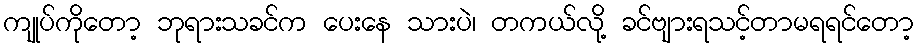
ကျုပ်ကိုတော့ ဘုရားသခင်က ပေးနေ သားပဲ၊ တကယ်လို့ ခင်ဗျားရသင့်တာမရရင်တော့